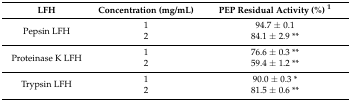
<table><thead><tr><td><b>LFH</b></td><td><b>Concentration (mg/mL)</b></td><td><b>PEP Residual Activity (%) <sup>1</sup></b></td></tr></thead><tbody><tr><td rowspan="2">Pepsin LFH</td><td>1</td><td>94.7 ± 0.1</td></tr><tr><td>2</td><td>84.1 ± 2.9 **</td></tr><tr><td rowspan="2">Proteinase K LFH</td><td>1</td><td>76.6 ± 0.3 **</td></tr><tr><td>2</td><td>59.4 ± 1.2 **</td></tr><tr><td rowspan="2">Trypsin LFH</td><td>1</td><td>90.0 ± 0.3 *</td></tr><tr><td>2</td><td>81.5 ± 0.6 **</td></tr></tbody></table>